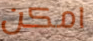
امكن